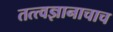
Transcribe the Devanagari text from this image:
तत्त्वज्ञानाचाच